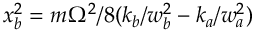
x _ { b } ^ { 2 } = m \Omega ^ { 2 } / 8 ( k _ { b } / w _ { b } ^ { 2 } - k _ { a } / w _ { a } ^ { 2 } )